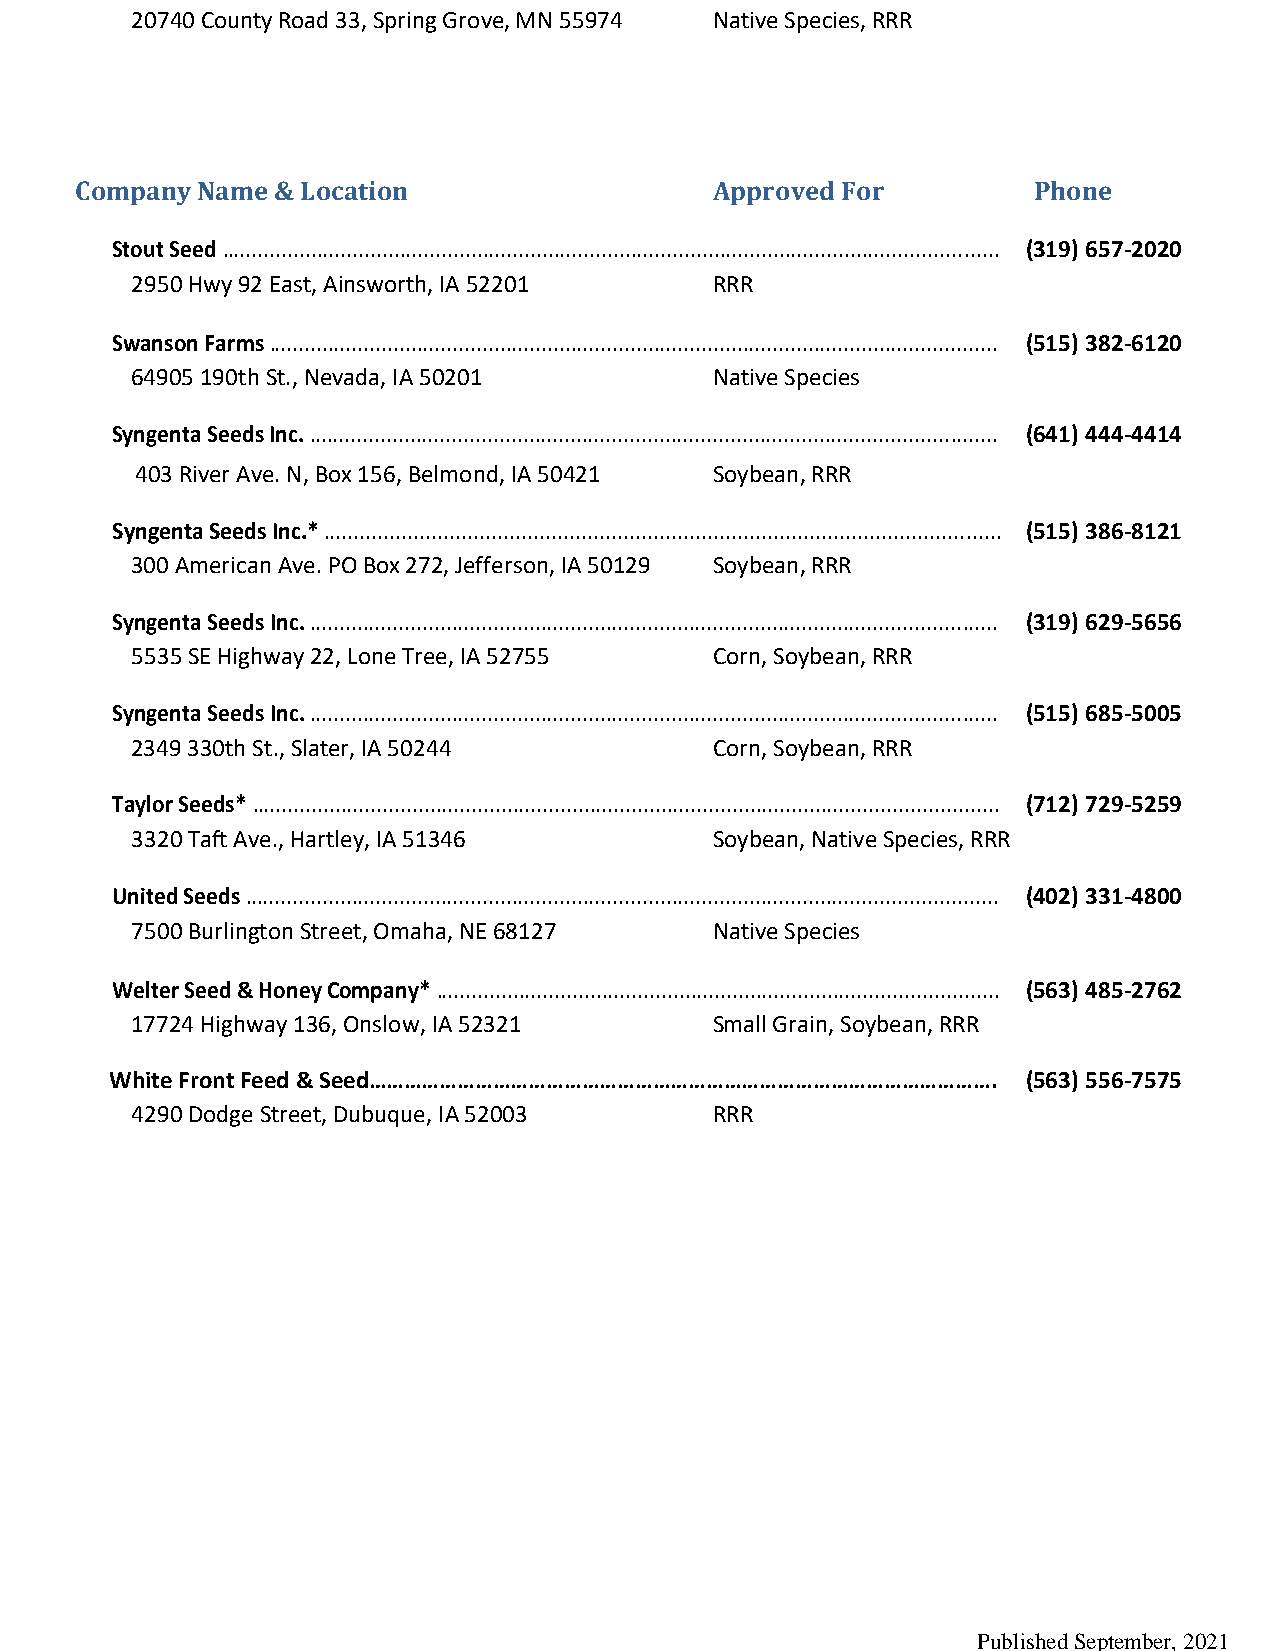
20740 County Road 33, Spring Grove, MN 55974 Native Species, RRR
 Company Name & Location                   Approved For         Phone
 Stout Seed ................................................................................................................................... (319) 657-2020
 2950 Hwy 92 East, Ainsworth, IA 52201 RRR
 Swanson Farms ........................................................................................................................... (515) 382-6120
 64905 190th St., Nevada, IA 50201     Native Species
 Syngenta Seeds Inc. .................................................................................................................... (641) 444-4414
 403 River Ave. N, Box 156, Belmond, IA 50421 Soybean, RRR
 Syngenta Seeds Inc.* ................................................................................................................. (515) 386-8121
 300 American Ave. PO Box 272, Jefferson, IA 50129 Soybean, RRR
 Syngenta Seeds Inc. .................................................................................................................... (319) 629-5656
 5535 SE Highway 22, Lone Tree, IA 52755 Corn, Soybean, RRR
 Syngenta Seeds Inc. .................................................................................................................... (515) 685-5005
 2349 330th St., Slater, IA 50244      Corn, Soybean, RRR
 Taylor Seeds* .............................................................................................................................. (712) 729-5259
 3320 Taft Ave., Hartley, IA 51346     Soybean, Native Species, RRR
 United Seeds ............................................................................................................................... (402) 331-4800
 7500 Burlington Street, Omaha, NE 68127 Native Species
 Welter Seed & Honey Company* ............................................................................................... (563) 485-2762
 17724 Highway 136, Onslow, IA 52321   Small Grain, Soybean, RRR
 White Front Feed & Seed…………………………………………………………………………………………….  (563) 556-7575
 4290 Dodge Street, Dubuque, IA 52003  RRR
 Published September, 2021